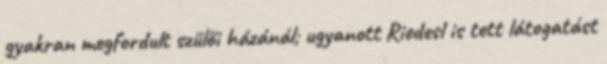
gyakran megfordult szülői házánál; ugyanott Riedesl is tett látogatást